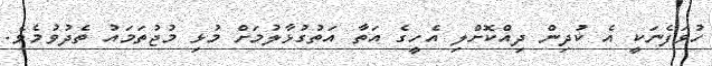
ހުވަފެނަކީ އެ ކުދިން ދިއްކޮށްލި އެހީގެ އަތާ އަތުގުޅާލުމަށް މުޅި މުޖުތަމައު ތެދުވުމެވެ.